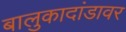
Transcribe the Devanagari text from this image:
बालुकादांडावर